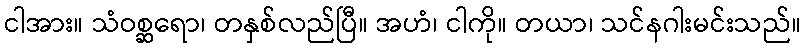
ငါအား။ သံဝစ္ဆရော၊ တနှစ်လည်ပြီ။ အဟံ၊ ငါကို။ တယာ၊ သင်နဂါးမင်းသည်။